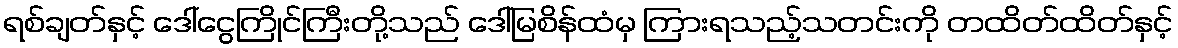
ရစ်ချတ်နှင့် ဒေါ်ငွေကြိုင်ကြီးတို့သည် ဒေါ်မြစိန်ထံမှ ကြားရသည့်သတင်းကို တထိတ်ထိတ်နှင့်